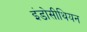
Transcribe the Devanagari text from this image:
इंडोसीथियन